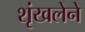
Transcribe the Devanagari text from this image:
शृंखलेने